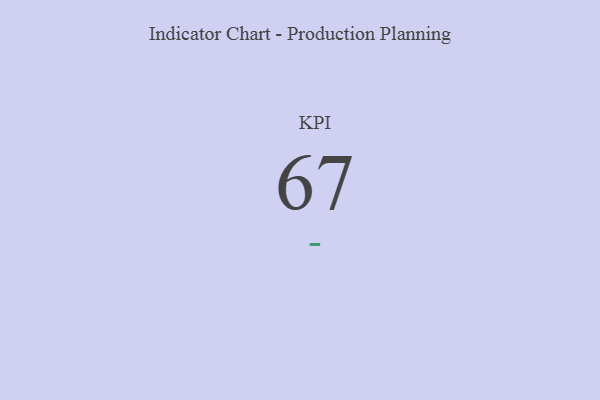
{"axis": {"x": "KPI", "y": "Value"}, "legend": [""], "data": [{"x": "KPI", "y": 67, "type": ""}]}